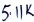
Text: 5.11K